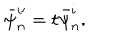
\bar { \psi } _ { n } ^ { i \prime } = t \bar { \psi } _ { n } ^ { i } .